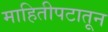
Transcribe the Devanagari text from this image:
माहितीपटातून